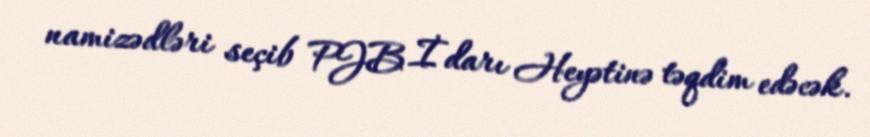
namizədləri seçib PJB İdarı Heyətinə təqdim edəcək.